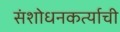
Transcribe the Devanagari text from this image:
संशोधनकर्त्याची